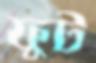
ফুট